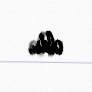
oldu.